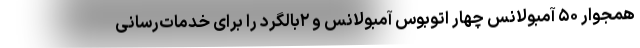
همجوار ۵۰ آمبولانس چهار اتوبوس آمبولانس و ۲بالگرد را برای خدمات‌رسانی